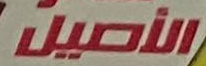
الأصيل